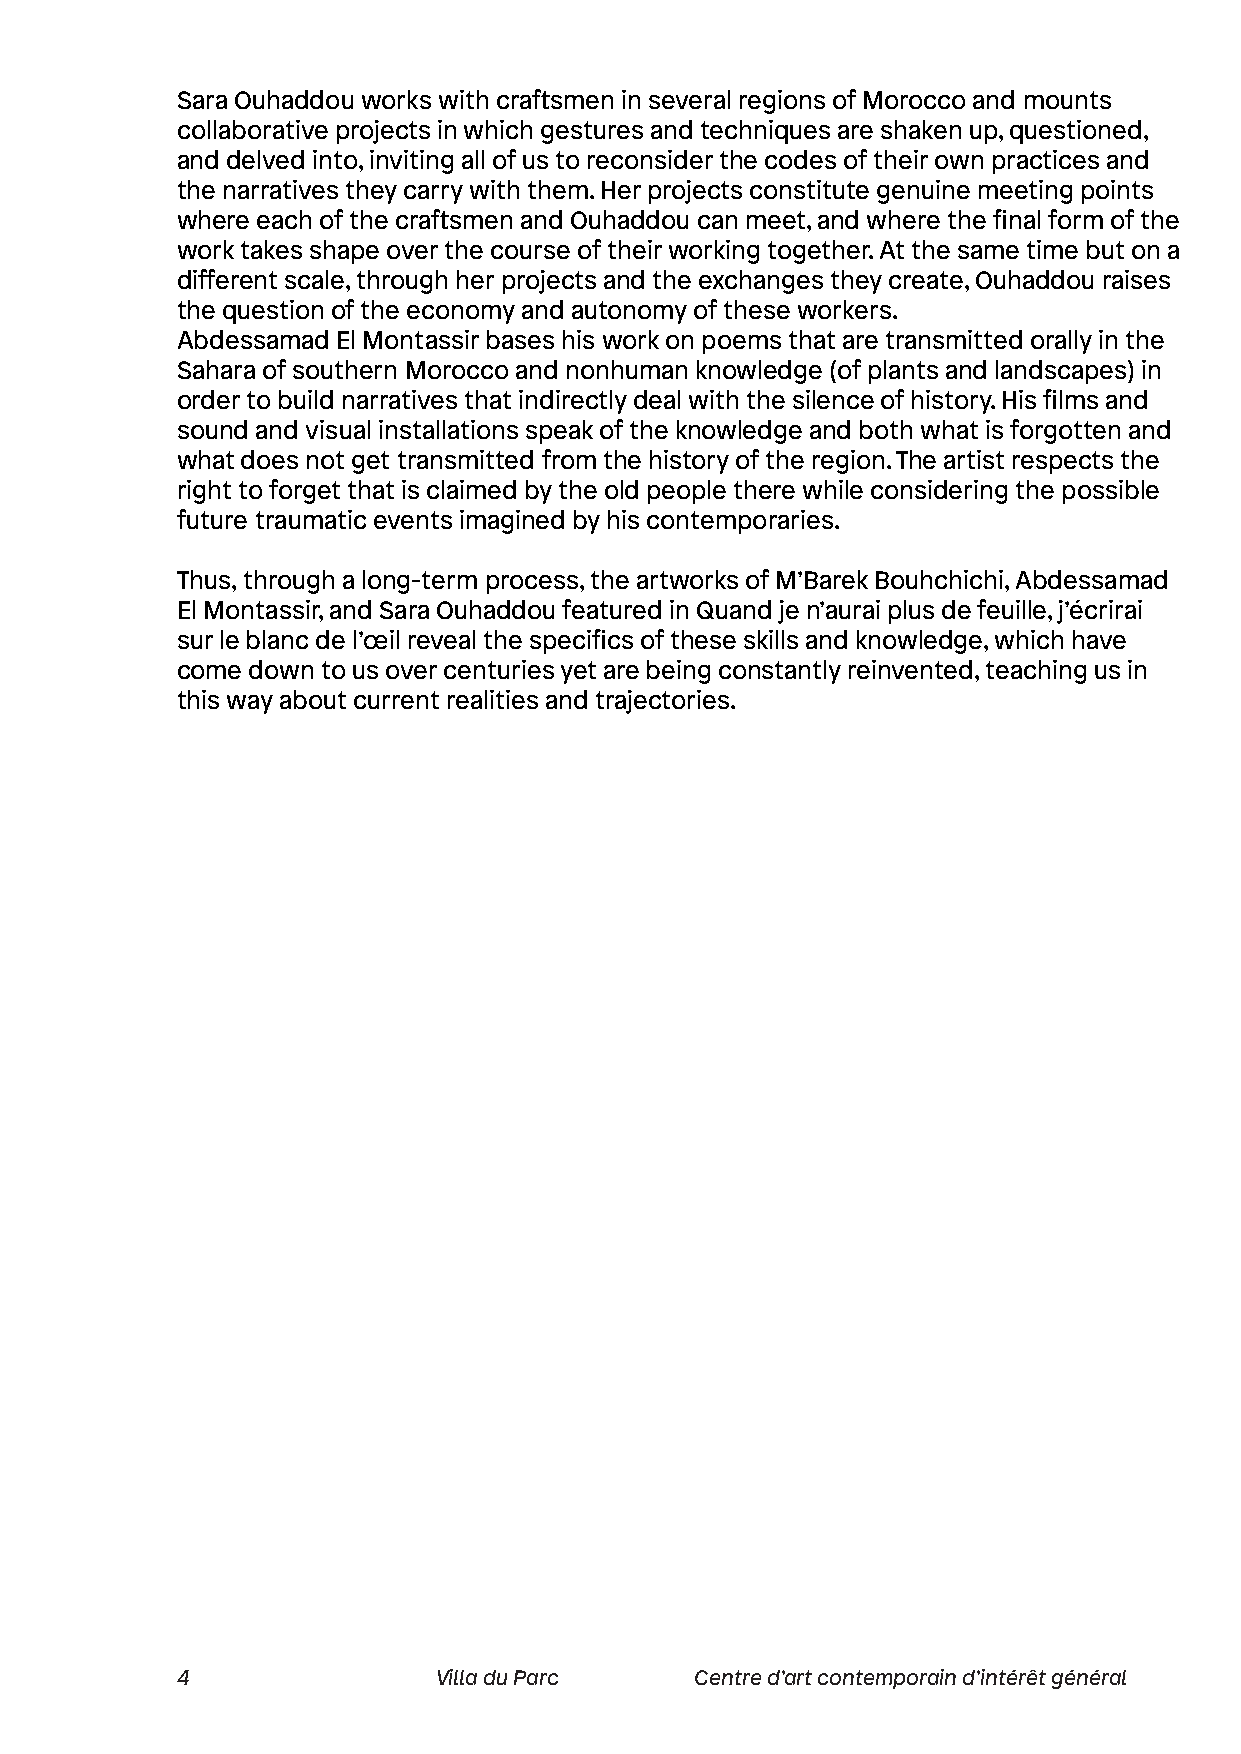
Sara Ouhaddou works with craftsmen in several regions of Morocco and mounts
 collaborative projects in which gestures and techniques are shaken up, questioned,
 and delved into, inviting all of us to reconsider the codes of their own practices and
 the narratives they carry with them. Her projects constitute genuine meeting points
 where each of the craftsmen and Ouhaddou can meet, and where the final form of the
 work takes shape over the course of their working together. At the same time but on a
 different scale, through her projects and the exchanges they create, Ouhaddou raises
 the question of the economy and autonomy of these workers.
 Abdessamad El Montassir bases his work on poems that are transmitted orally in the
 Sahara of southern Morocco and nonhuman knowledge (of plants and landscapes) in
 order to build narratives that indirectly deal with the silence of history. His films and
 sound and visual installations speak of the knowledge and both what is forgotten and
 what does not get transmitted from the history of the region. The artist respects the
 right to forget that is claimed by the old people there while considering the possible
 future traumatic events imagined by his contemporaries.
 Thus, through a long-term process, the artworks of M’Barek Bouhchichi, Abdessamad
 El Montassir, and Sara Ouhaddou featured in Quand je n’aurai plus de feuille, j’écrirai
 sur le blanc de l’œil reveal the specifics of these skills and knowledge, which have
 come down to us over centuries yet are being constantly reinvented, teaching us in
 this way about current realities and trajectories.
 4                Villa du Parc    Centre d’art contemporain d’intérêt général